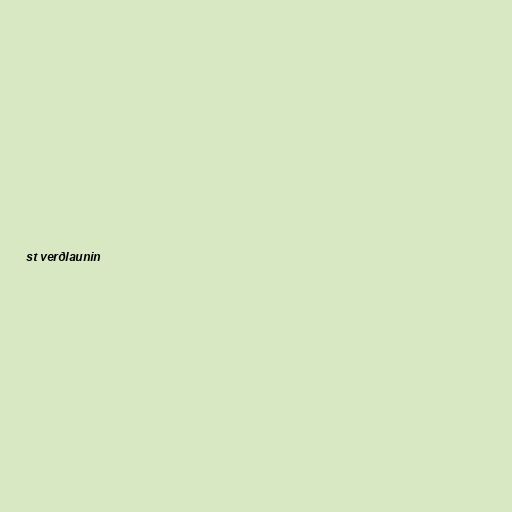
st verðlaunin